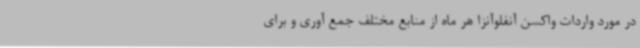
در مورد واردات واکسن آنفلوآنزا هر ماه از منابع مختلف جمع آوری و برای